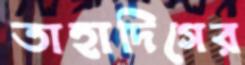
তাহাদিগের